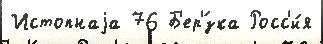
Истопнаjа 76 Б'ер'́зка Росс'и́я